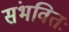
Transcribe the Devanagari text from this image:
संभवितः